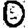
Digit: 0